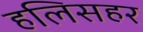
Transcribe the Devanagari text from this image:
हलिसहर